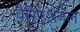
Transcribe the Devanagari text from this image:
वैरिएशनल